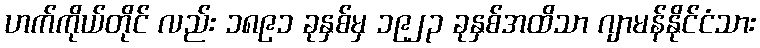
ဟက်ကိုယ်တိုင် လည်း ၁၈၉၁ ခုနှစ်မှ ၁၉၂၃ ခုနှစ်အထိသာ ဂျာမန်နိုင်ငံသား